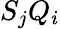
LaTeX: S_{j}Q_{i}